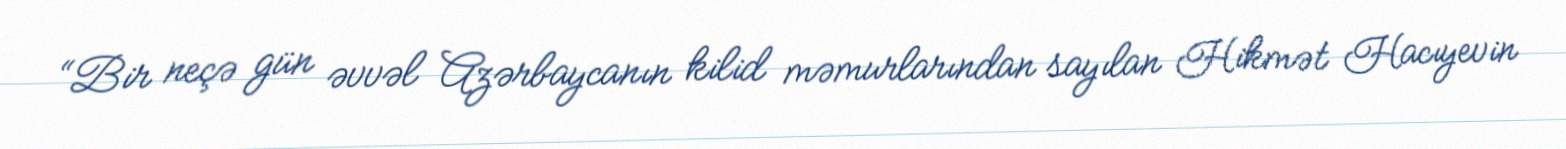
“Bir neçə gün əvvəl Azərbaycanın kilid məmurlarından sayılan Hikmət Hacıyevin